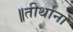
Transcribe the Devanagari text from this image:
॥तीर्थानां